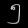
Digit: ၅